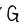
Character: G